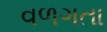
વળગતા